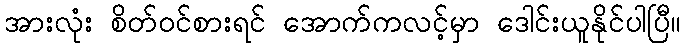
အားလုံး စိတ်ဝင်စားရင် အောက်ကလင့်မှာ ဒေါင်းယူနိုင်ပါပြီ။